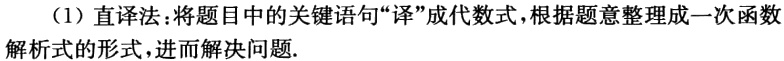
（1）直译法：将题目中的关键语句“译”成代数式，根据题意整理成一次函数
解析式的形式，进而解决问题.